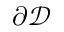
\partial \mathcal { D }